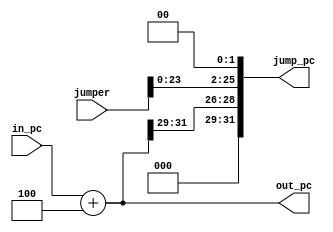
module jump_pc(in_pc,jumper,jump_pc,out_pc);

  input [31:0]in_pc;
  input [25:0]jumper;
  output reg [31:0]jump_pc=0,out_pc=0;

  always@(in_pc)
  begin
    out_pc = in_pc+4;
  end

  always@(out_pc,jumper)
  begin
    jump_pc = {out_pc[31:29],jumper<<2};
    $display("JUMP: time: %t out_pc: %d in_pc: %d jump_pc: %d",$time,out_pc,in_pc,jump_pc);
  end
endmodule